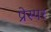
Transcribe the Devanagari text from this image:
प्रेस्पर